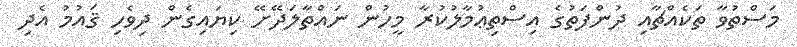
މަސްތުވާ ތަކެއްޗާއި ދުންފަތުގެ އިސްތިޢުމާލުކުރާ މީހުން ނައްތާލަދޭށޭ ކިޔައިގެން ދިވެހި ޤައުމު އެދި